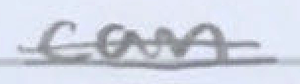
Text: can
Cross-out: double-line
Writing tool: pencil